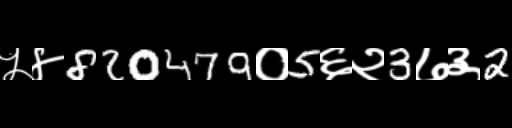
Text: ५४820479०5६२3७३2